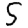
Digit: 5